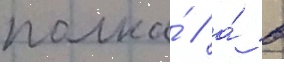
полка́ / а́ в